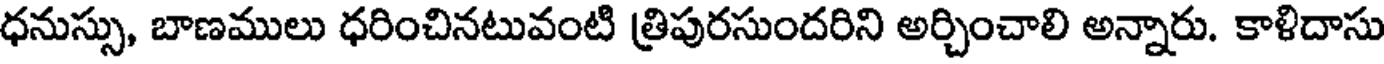
ధనుస్సు, బాణములు ధరించినటువంటి త్రిపురసుందరిని అర్చించాలి అన్నారు. కాళిదాసు